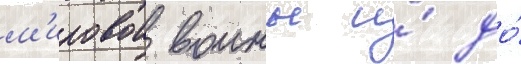
м'ировои воины и́ до́